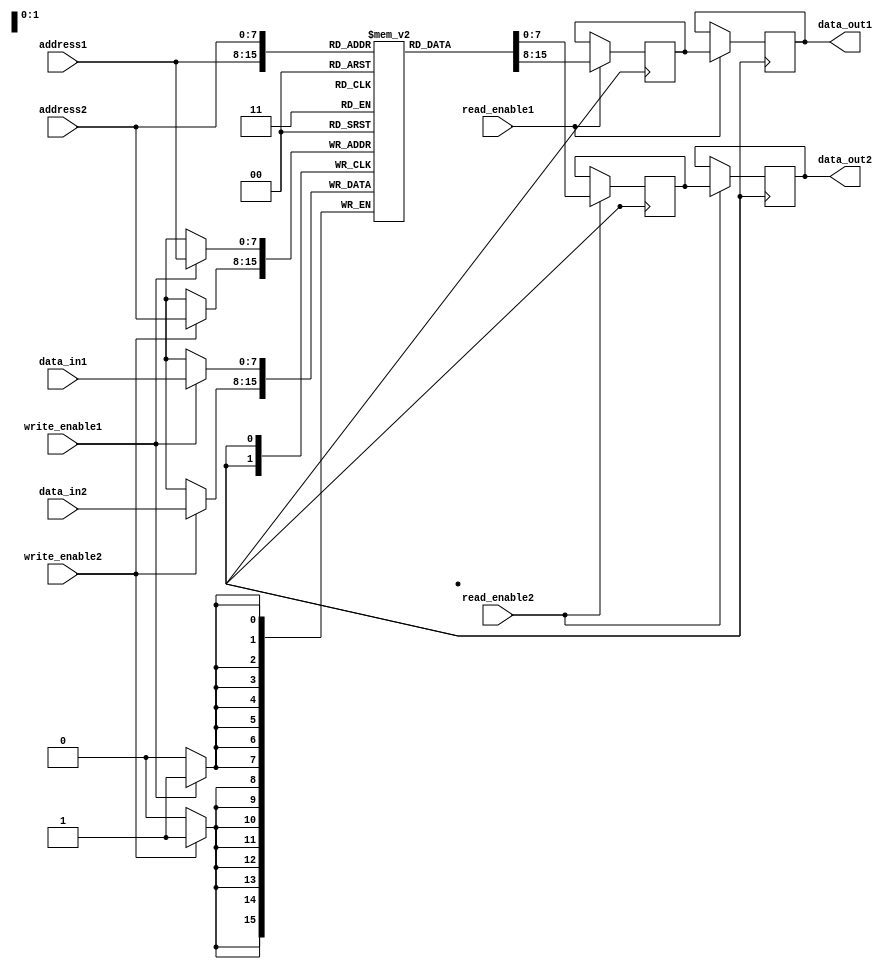
module dual_port_ram(
  input [7:0] address1,
  input [7:0] data_in1,
  input write_enable1,
  input [7:0] address2,
  input [7:0] data_in2,
  input write_enable2,
  input read_enable1,
  input read_enable2,
  output reg [7:0] data_out1,
  output reg [7:0] data_out2
);

reg [7:0] memory [0:255];

reg [7:0] read_data1;
reg [7:0] read_data2;

always @ (posedge clk) begin
  if(write_enable1) begin
    memory[address1] <= data_in1;
  end
  
  if(write_enable2) begin
    memory[address2] <= data_in2;
  end
  
  if(read_enable1) begin
    read_data1 <= memory[address1];
  end
  
  if(read_enable2) begin
    read_data2 <= memory[address2];
  end
end

always @ (posedge clk) begin
  if(read_enable1) begin
    data_out1 <= read_data1;
  end
  
  if(read_enable2) begin
    data_out2 <= read_data2;
  end
end

endmodule